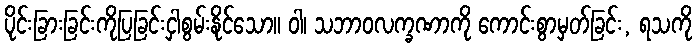
ပိုင်းခြားခြင်းကိုပြခြင်းငှါစွမ်းနိုင်သော။ ဝါ၊ သဘာဝလက္ခဏာကို ကောင်းစွာမှတ်ခြင်း, ရသကို